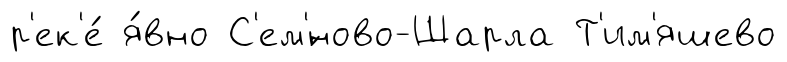
р'ек'е́ я́вно С'ем'́ново-Шарла Т'им'яшево